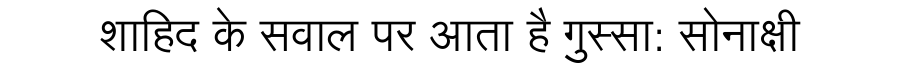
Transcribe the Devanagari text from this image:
शाहिद के सवाल पर आता है गुस्सा: सोनाक्षी